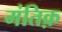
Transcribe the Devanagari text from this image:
मंतिक़